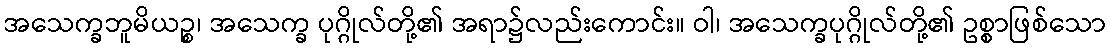
အသေက္ခဘူမိယဉ္စ၊ အသေက္ခ ပုဂ္ဂိုလ်တို့၏ အရာ၌လည်းကောင်း။ ဝါ၊ အသေက္ခပုဂ္ဂိုလ်တို့၏ ဥစ္စာဖြစ်သော